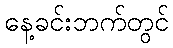
နေ့ခင်းဘက်တွင်